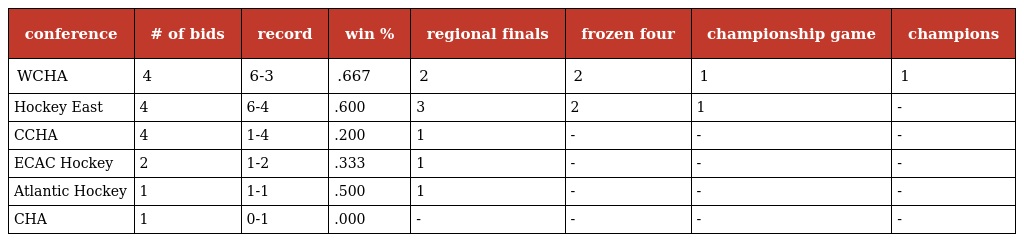
| conference | # of bids | record | win % | regional finals | frozen four | championship game | champions |
 | --- | --- | --- | --- | --- | --- | --- | --- |
 | WCHA | 4 | 6-3 | .667 | 2 | 2 | 1 | 1 |
 | Hockey East | 4 | 6-4 | .600 | 3 | 2 | 1 | - |
 | CCHA | 4 | 1-4 | .200 | 1 | - | - | - |
 | ECAC Hockey | 2 | 1-2 | .333 | 1 | - | - | - |
 | Atlantic Hockey | 1 | 1-1 | .500 | 1 | - | - | - |
 | CHA | 1 | 0-1 | .000 | - | - | - | - |